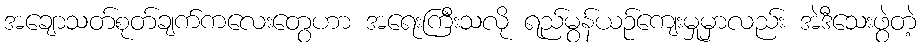
အချောသတ်စုတ်ချက်ကလေးတွေဟာ အရေးကြီးသလို ရည်မွန်ယဉ်ကျေးမှုမှာလည်း အဲဒီသေးဖွဲတဲ့